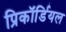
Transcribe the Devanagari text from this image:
प्रिकॉर्डियल